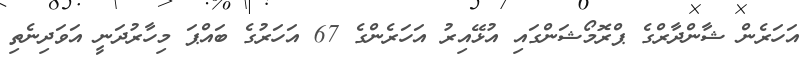
އަހަރެން ޝާންދާރްގެ ޕްރޮމޯޝަންގައި އުޅޭއިރު އަހަރެންގެ 67 އަހަރުގެ ބައްޕަ މިހާރުދަނީ އަވަދިނެތި